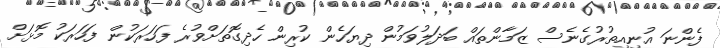
ފެންނަ އުނިއިތުރުގެނެސް ޒަމާންތައް ބަދަލުވަމުން ދިޔަހެން ކުރިން ހެދިގޮތަށްވުރެ ފަހަރަކުން ފަހަރަކު މޮޅަށް